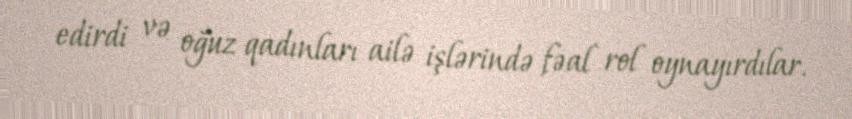
edirdi və oğuz qadınları ailə işlərində fəal rol oynayırdılar.